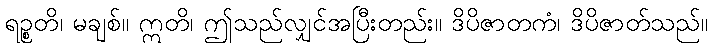
ရဉ္စတိ၊ မချစ်။ ဣတိ၊ ဤသည်လျှင်အပြီးတည်း။ ဒိပိဇာတကံ၊ ဒိပိဇာတ်သည်။